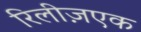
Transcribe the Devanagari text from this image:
रिलीज़एक